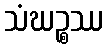
သံဃဉ္စဿ